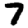
Digit: 7